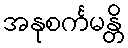
အနုစင်္ကမန္တိ